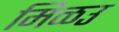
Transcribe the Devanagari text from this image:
मिळउ